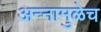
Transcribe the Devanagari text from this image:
अन्नामुळेच